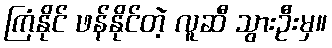
ကြံနိုင် ဖန်နိုင်တဲ့ လူဆီ သွားဦးမှ။